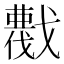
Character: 𢨖